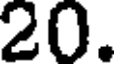
20.